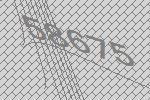
58675